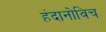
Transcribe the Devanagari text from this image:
हंदानोविच